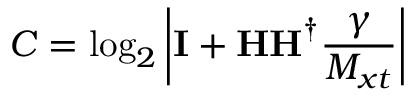
C = \log _ { 2 } \left| { { \bf { I } } + { \bf { H H } } ^ { \dag } { \frac { \gamma } { M _ { x t } } } } \right|